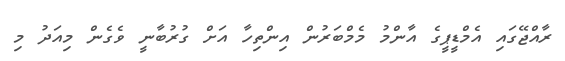
ރާއްޖޭގައި އެމްޑީޕީގެ އާންމު މެމްބަރުން އިންތިހާ އަށް ގުރުބާނީ ވެގެން މިއަދު މި